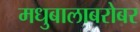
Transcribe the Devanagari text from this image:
मधुबालाबरोबर